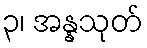
၃၊ အန္နသုတ်